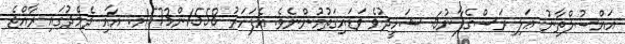
އައްސުލްތާނު ޢަލި ރަސްގެފާނު6. ޝަހީދުވެ ވަޑައިގަތުމުންނެވެ. އެފަހަރު 1558ން1573މ. އާއި ދެމެދުގައި ރާއްޖެ